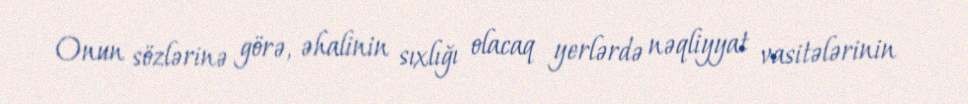
Onun sözlərinə görə, əhalinin sıxlığı olacaq yerlərdə nəqliyyat vasitələrinin